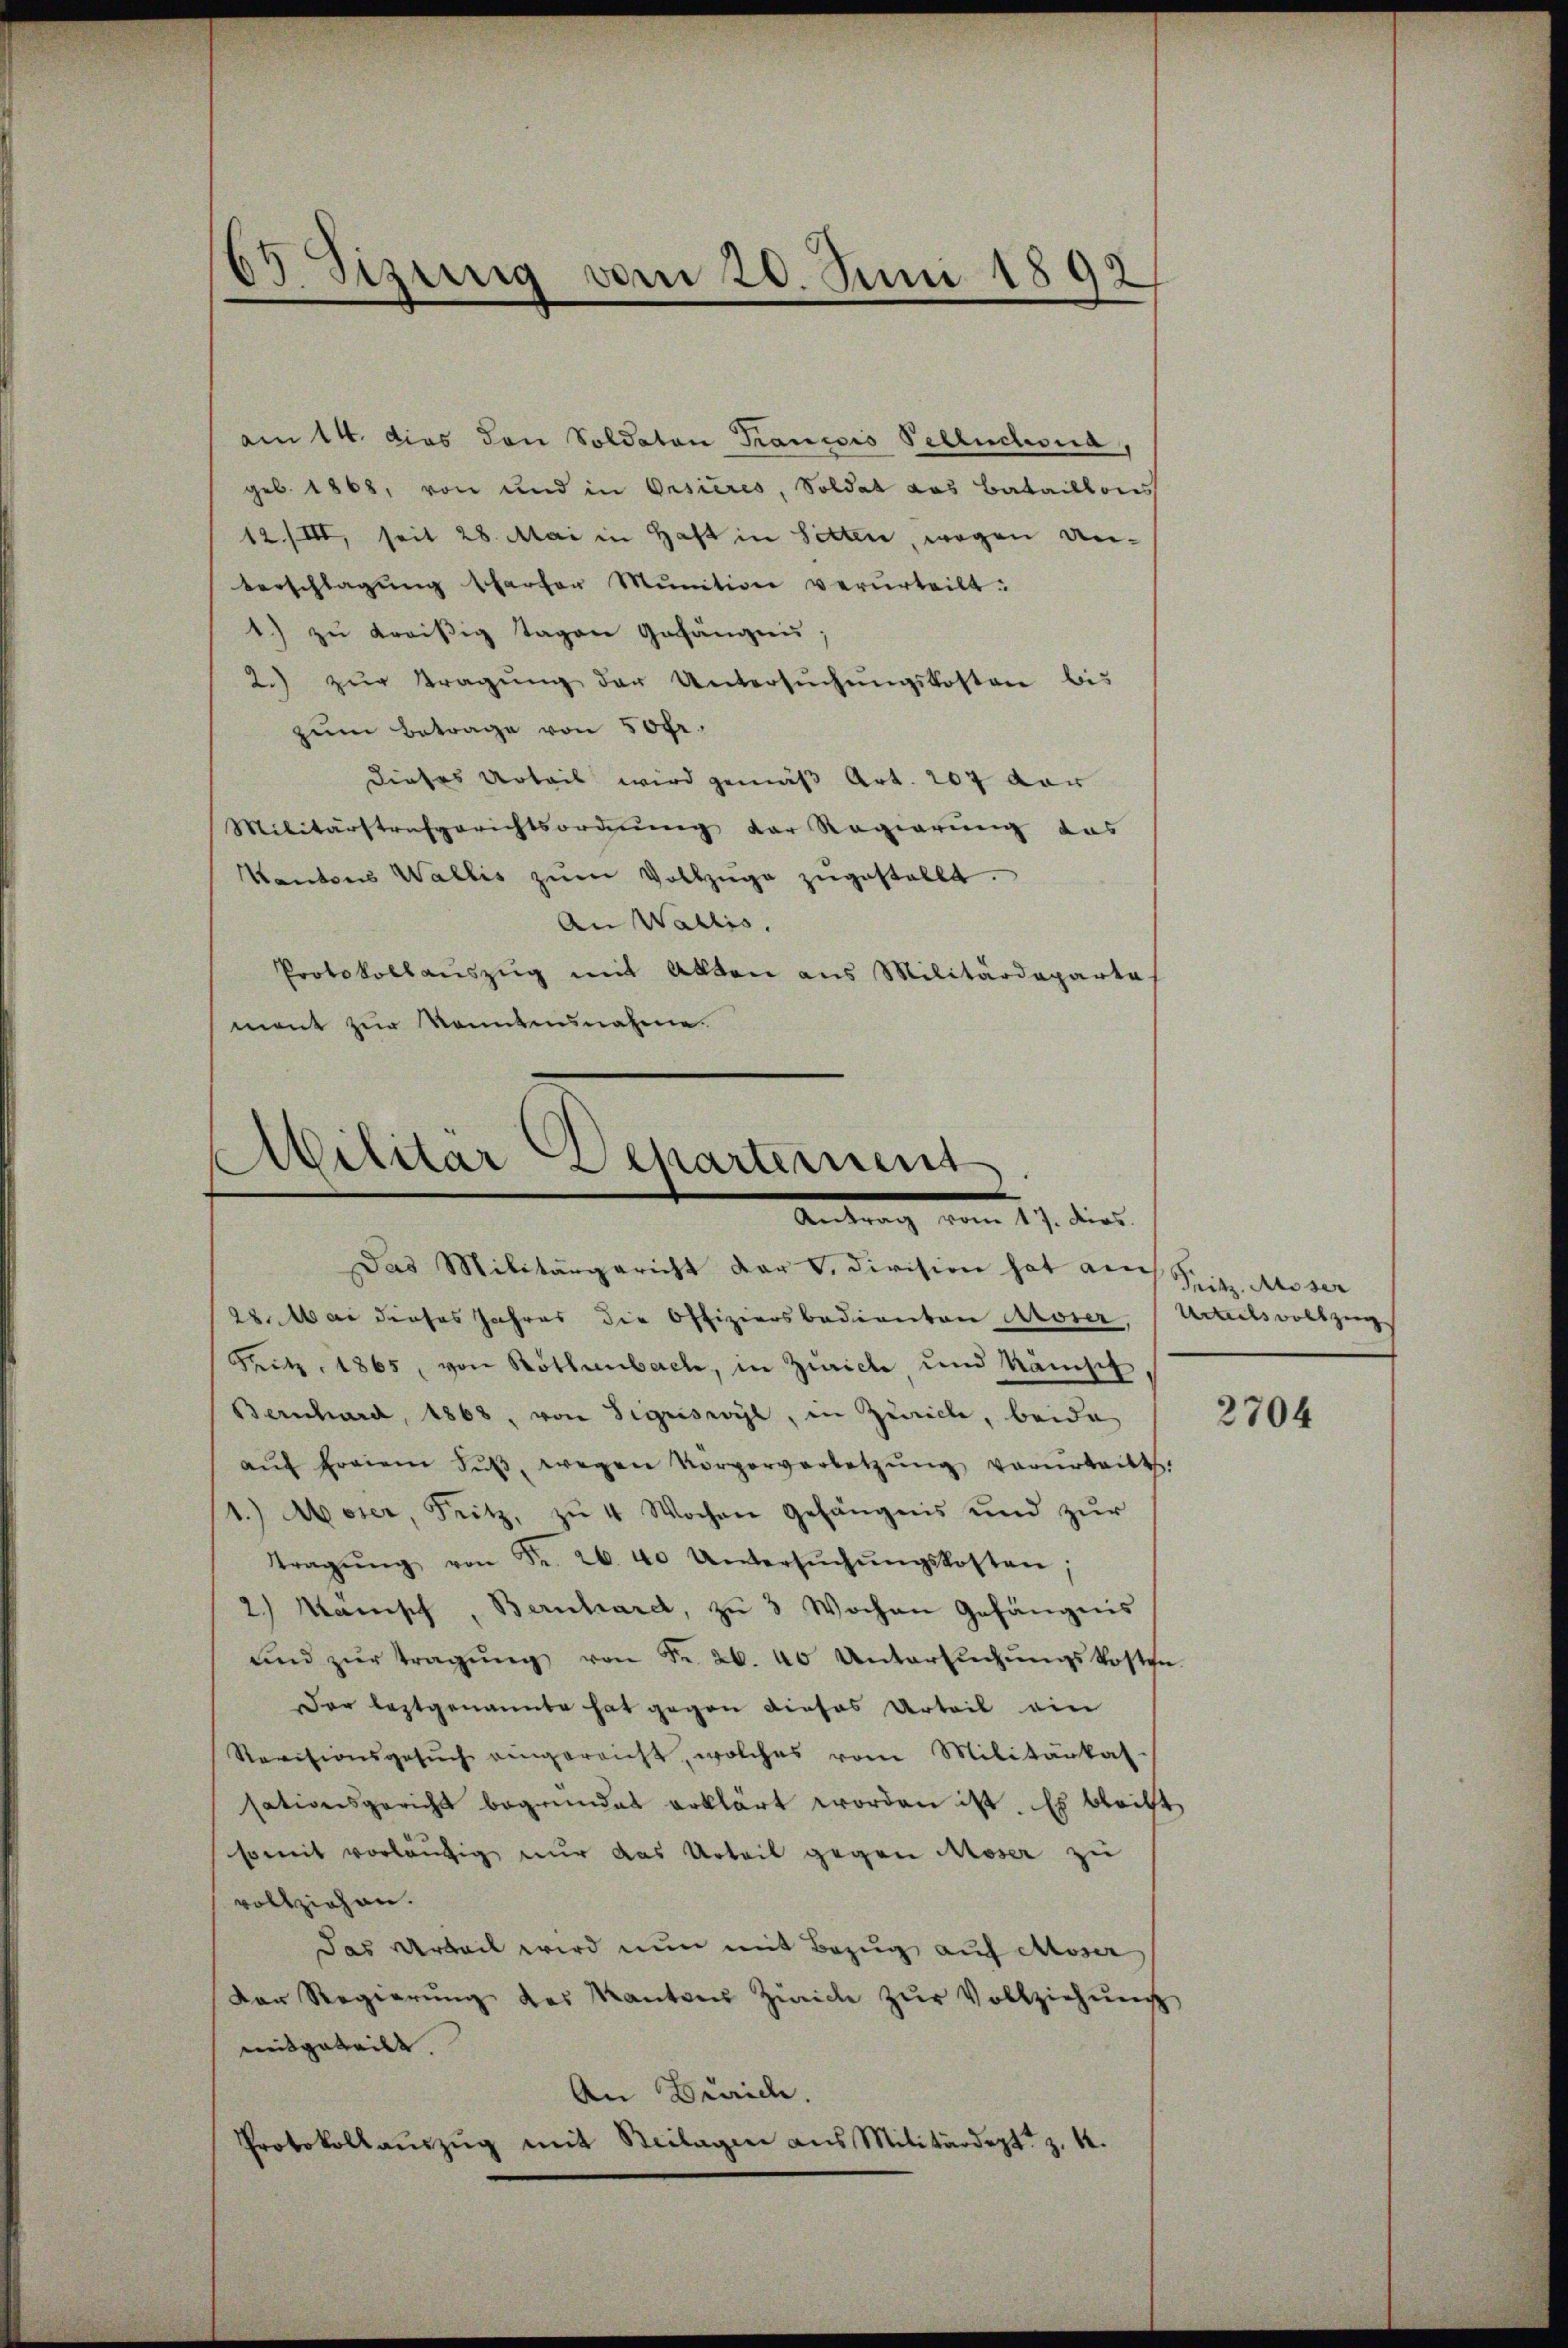
63 Sizung vom 20. Juni 1892

am 14. Dies von Soldaten Francois Pellnchowa,
geb. 1868, von und in Oesieres, Soldat das Bataillons
12/III, seit 28. Mai in Haft in Sitten, wegen Unterschlagung scharfer Munition verurteilt.
1.) zu Kreißig Tagen Gefängnis.
2.) zŭr Tragŭng der Untersŭchŭngskosten bis
zum Betrage von 50 fr.
dieses Urteil wird gemäß Art. 207 dar
Militärstrafgerichtsordnung der Regierung das
Kantons Wallis zŭm Vollzüge zŭgestellt.
An Wallis.
Protokollauszug mit Akten aus Militärdeparta-
mont zur konntensnahme.

Militar Scharternent
Antrag vom 17. dies

Das Militärgericht der V. Division hat auch Fritz. Ausser
28. Mai dieses Jahres die Offiziersbedienten Koser,
Fritz, 1865, von Rothenbach, in Zürich, und kämpf,
Bernhard, 1868, von Sigriswyl, in Zürich, beide
aŭf freien Fŭβ, wegen Körperverletzŭng verŭrtritt.
1.) Moser, Fritz, zu 4 Wochen Gefängnis und zŭr
tragŭng von Fr. 26. 40 Untersŭchŭngskosten
2) Manisch, Bernhardt, zu 3 Wochen Gefängnis
ŭnd zŭr Tragŭng von Fr. 26. 40 Untersŭchŭngskosten.
Der leztgenannte hat gegen dieses Urteil ein
Revisionsgesŭch eingereicht, welches vom Militärkat-
sationsgericht begründet erklärt worden ist. Es bleibt.
somit vorläŭfig nur das Urteil gegen Moser zu
vollziehen.
Das Arbeil wird nun mit Bezug auf Moser
Der Regierŭng des Kantons Zürich zŭr Vollziehŭng
mitgeteilt.
An Zürich.
Protokollaŭszŭg mit Beilagen aus Militärdeptz. 4.

Urteilsvollzug

2704